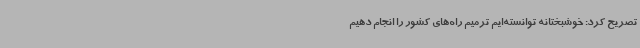
تصریح کرد: خوشبختانه توانسته‌ایم ترمیم راه‌های کشور را انجام دهیم